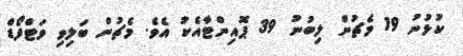
ކުޅުނު 19 މެޗުން ލިބުނު 39 ޕޮއިންޓާއެކު އެވެ. މެޗުން ބަލިވި ވަޓްފޯޑް